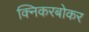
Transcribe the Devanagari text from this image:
क्निकरबोकर